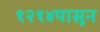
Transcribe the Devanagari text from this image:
१२१४पासून